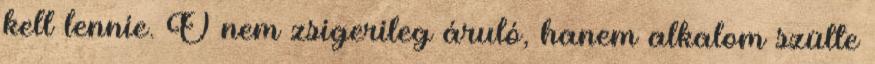
kell lennie. Ő nem zsigerileg áruló, hanem alkalom szülte